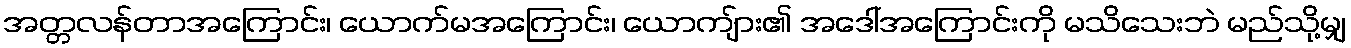
အတ္တလန်တာအကြောင်း၊ ယောက်မအကြောင်း၊ ယောကျ်ား၏ အဒေါ်အကြောင်းကို မသိသေးဘဲ မည်သို့မျှ